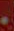
.